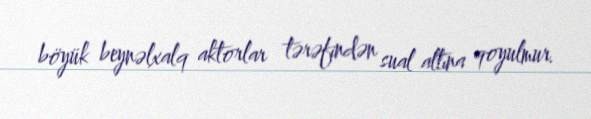
böyük beynəlxalq aktorlar tərəfindən sual altına qoyulmur.